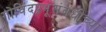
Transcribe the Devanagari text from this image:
गोविंदप्रभूंसंबंधीच्या